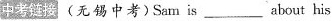
中考链接 （无锡中考）Sam is ___ about his